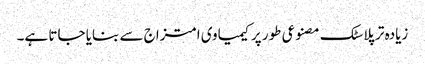
زیادہ تر پلاسٹک مصنوعی طور پر کیمیاوی امتزاج سے بنایا جاتا ہے۔